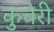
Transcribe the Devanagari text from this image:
कुचेरी